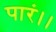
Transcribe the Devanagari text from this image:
पारं।।